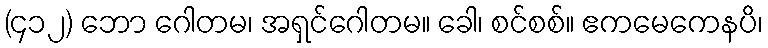
(၄၁၂) ဘော ဂေါတမ၊ အရှင်ဂေါတမ။ ခေါ၊ စင်စစ်။ ဧကမေကေနပိ၊